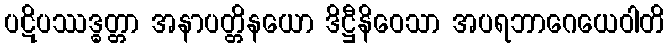
ပဋိပဿဒ္ဓတ္တာ အနာပတ္တိနယော ဒိဋ္ဌီနိဝေသာ အပရဘာဂေယေဝါတိ